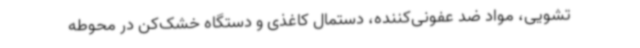
تشویی، مواد ضد عفونی‌کننده، دستمال کاغذی و دستگاه خشک‌کن در محوطه